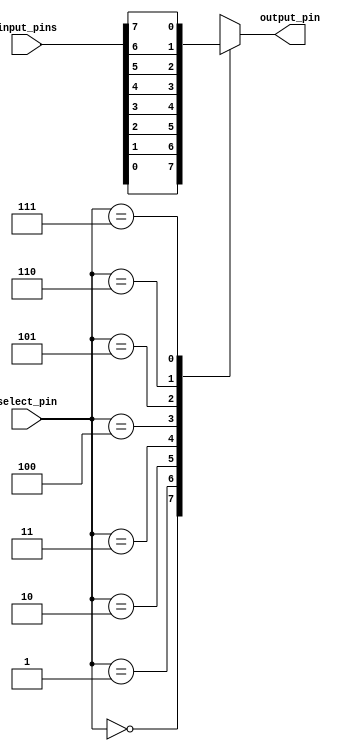
module IO_Block(
    input [7:0] input_pins,
    input [2:0] select_pin,
    output reg output_pin
);

always @ (select_pin)
begin
    case(select_pin)
        3'b000: output_pin = input_pins[0];
        3'b001: output_pin = input_pins[1];
        3'b010: output_pin = input_pins[2];
        3'b011: output_pin = input_pins[3];
        3'b100: output_pin = input_pins[4];
        3'b101: output_pin = input_pins[5];
        3'b110: output_pin = input_pins[6];
        3'b111: output_pin = input_pins[7];
        default: output_pin = 8'b0; // default case if select_pin is invalid
    endcase
end

endmodule